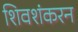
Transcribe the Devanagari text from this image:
शिवशंकरन